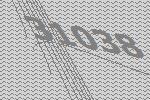
31038